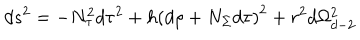
LaTeX: d s ^ { 2 } = - N _ { \tau } ^ { 2 } d \tau ^ { 2 } + h \left( d \rho + N _ { \Sigma } d \tau \right) ^ { 2 } + r ^ { 2 } d \Omega _ { d - 2 } ^ { 2 }